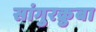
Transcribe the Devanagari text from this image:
सांगुरक्रुबा